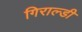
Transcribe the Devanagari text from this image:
गिराल्डी